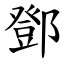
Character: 鄧